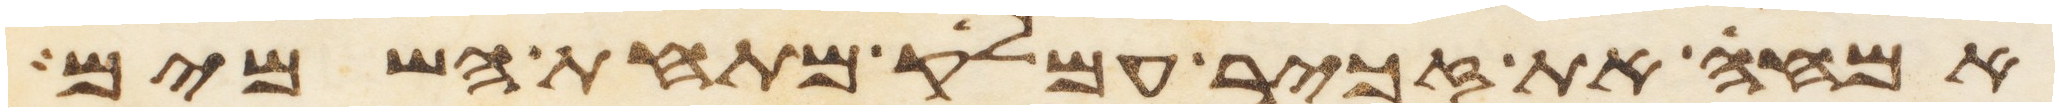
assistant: אמחה את זכר עמלק מתחת השמים